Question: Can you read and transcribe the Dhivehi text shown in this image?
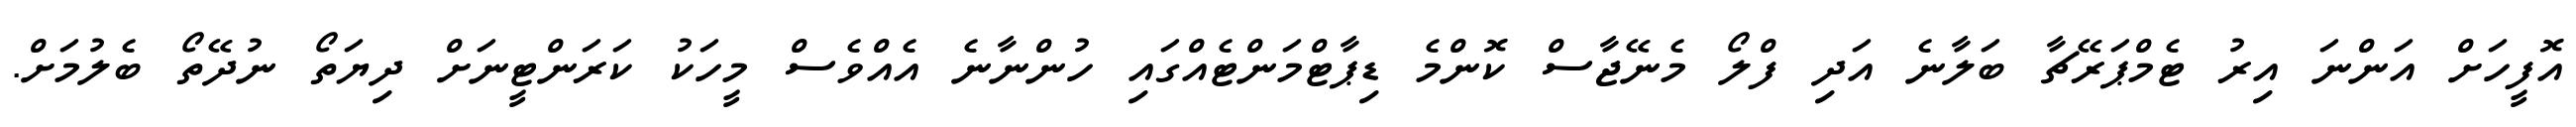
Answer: އޮފީހަށް އަންނަ އިރު ޓެމްޕަރޭޗާ ބަލާނެ އަދި ފްލޯ މެނޭޖާސް ކޮންމެ ޑިޕާޓްމަންޓެއްގައި ހުންނާނެ އެއްވެސް މީހަކު ކަރަންޓީނަށް ދިޔަތޯ ނުދޭތޯ ބެލުމަށް.